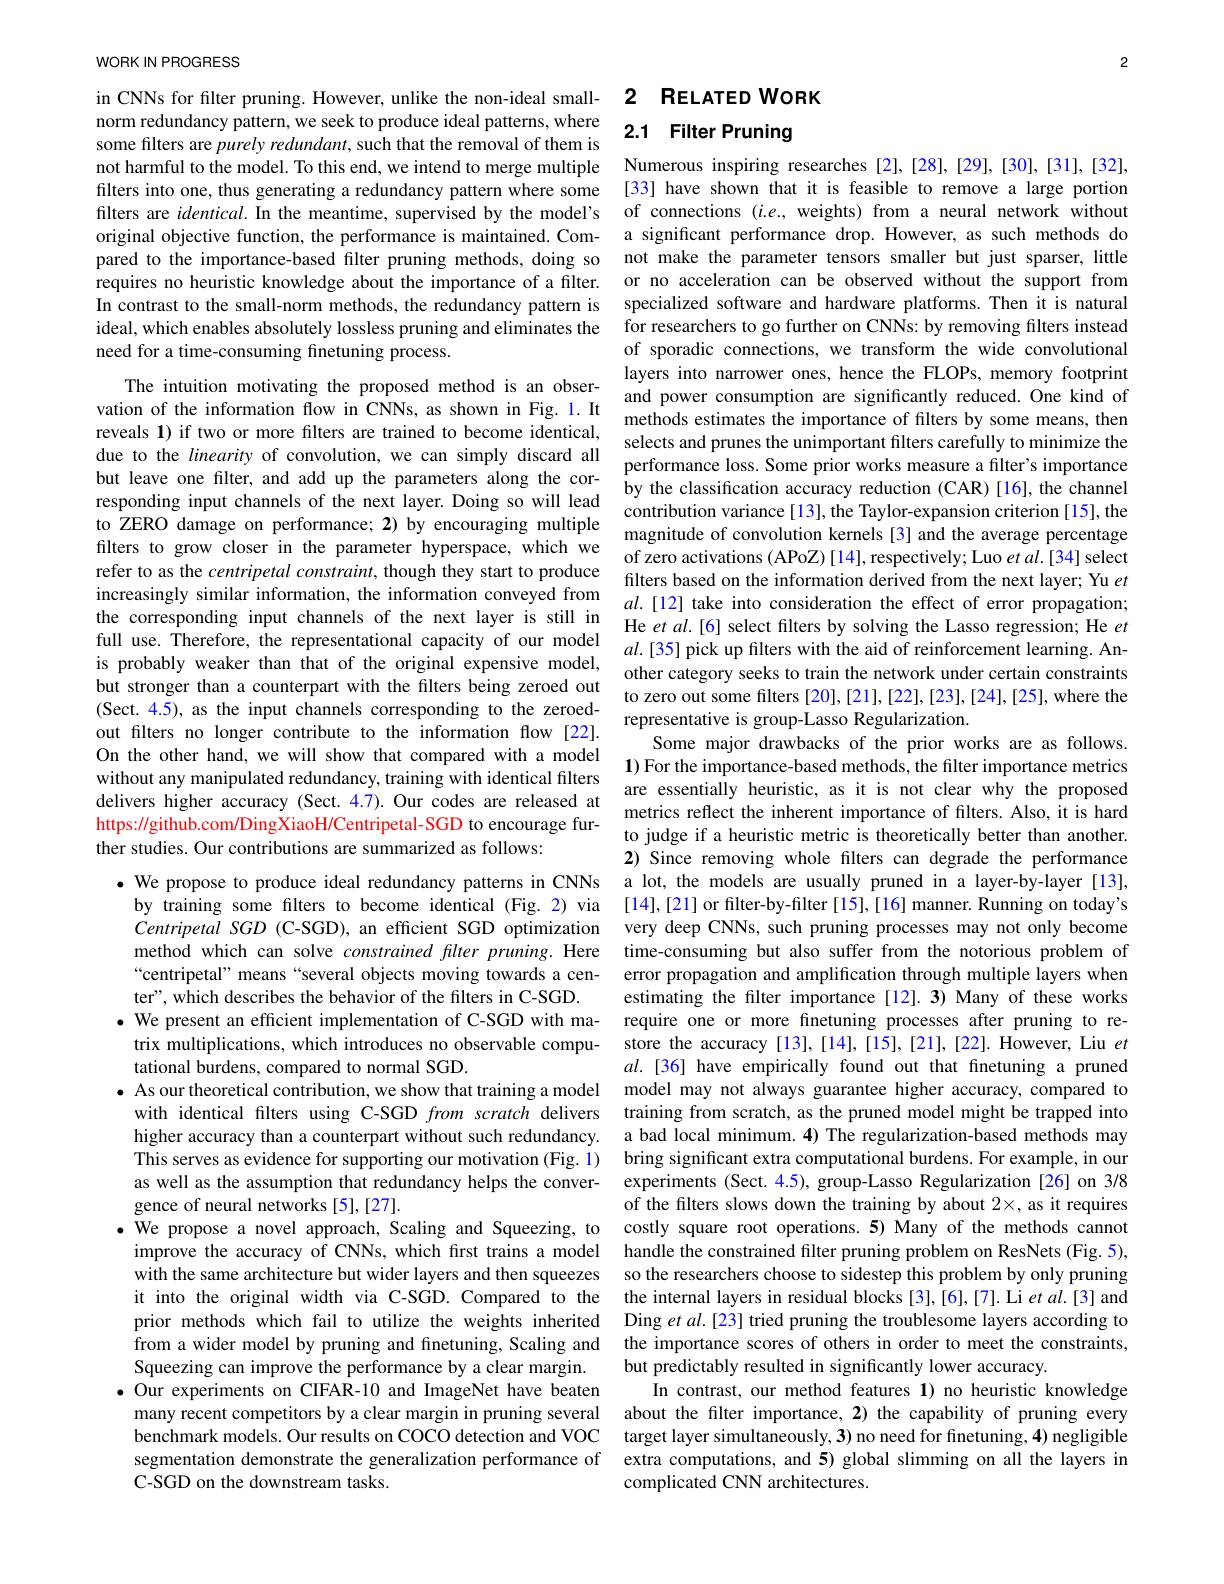
WORK IN PROGRESS

some filters are purely redundant, such that the removal of them is
not harmful to the model. To this end, we intend to merge multiple Numerous inspiring researches [2],[28],[29],[30],[31],[32],
filters into one, thus generating a redundancy pattern where some
filters are $identical.$ In the meantime, supervised by the model's of connections $(i.e$, weights) from a neural network without
original objective function, the performance is maintained. Com-
pared to the importance-based filter pruning methods, doing so not make the parameter tensors smaller but just sparser, little
requires no heuristic knowledge about the importance of a filter.
In contrast to the small-norm methods, the redundancy pattern is specialized software and hardware platforms. Then it is natural ideal, which enables absolutely lossless pruning and eliminates the for researchers to go further on CNNs: by removing filters instead need for a time-consuming finetuning process.

The intuition motivating the proposed method is an obser-
vation of the information flow in CNNs, as shown in Fig. l It power consumption are significantly reduced. One kind of vation of the information flow in CNNs, as shown in Fig. l It methods estimates the importance of filters by some me means, then
reveals 1) if two or more filters are trained to become identical, due to the linearity of convolution, we can simply discard all but leave one filter, and add up the parameters along the corresponding input channels of the next layer. Doing so will lead by the classification accuracy reduction (CAR)[16],the channel t to ZERO damage on performance; 2) by encouraging multiple magnitude of convolution kernels [3] and the average percentage filters to grow closer in the parameter hyperspace, which we of zero activations (APoZ)[14],respectively; Luo $etal.[34]$ select increasingly similar information, the information conveyed from $al.[12]$ take into consideration the effect of error propagatio the corresponding input channels of the next layer is still in He $etal.[6]$ select filters by solving the Lasso regression; He full use. Therefore, the representational capacity of our model $al.[35]$ pick up filters with the aid of reinforcement learning is probably weaker than that of the original expensive model,
but stronger than a counterpart with the filters being zeroed out to zero out zero out to zero out some filters [20],[21],[22],[23],[24],[25],where the(Sect. 4.5), as the input channels corresponding to the zeroed- renresentative is soroun-J asso Rewlar
out filters no longer contribute to the information flow [22]. On the other hand, we will show that compared with a model https://github.com/DingXiaoH/Centripetal-SGD to encourage fur- to judge if a heuristic metric is theoretically better than anoth ther studies. Our contributions are summarized as follows:
·We propose to produce ideal redundancy patterns in CNNs a lot, the models are usually pruned in a layer-by-layer [13]. by training some filters to become identical (Fig. 2) via [14],[21] or filter-by-filter[15],[16] manner.Running on today's Centripetal SGD (C-SGD), an efficient SGD optimization very deep CNNs, such pruning processes may not only become method which can solve constrained filter pruning. Here time-consuming but also suffer from the notorious problem of “centripetal” means“several objects moving towards a cen- error propagation and amplification through multiple layers when ter", which describes the behavior of the filters in C-SGD.
·We present an efficient implementation of C-SGD with ma- require one or more finetuning processes after pruning to retrix multiplications, which introduces no observable compu- store the accuracy [13],[14],[15],[21],[22]. However, Liu $et$ tational burdens, compared to normal SGD.
· As our theoretical contribution, we show that training a model model may not always guarantee higher accuracy, compared to
with identical filters using C-SGD from scratch delivers training from scratch, as the pruned model might be trapped into
higher accuracy than a counterpart without such redundancy.
This serves as evidence for supporting our motivation (Fig. 1) bring significant extra computational burdens. For example, in our as well as the assumption that redundancy helps the conver- experiments (Sect.4.5),group-Lasso Regularization [26] on 3/8 gence of neural networks [5],[27].
$\bullet$ We propose a novel approach, Scaling and Squeezing, to costly square root operations. 5) Many of the methods cannot improve the accuracy of CNNs, which first trains a model handle the constrained filter pruning problem on ResNets (Fig.5), with the same architecture but wider layers and then squeezes so the researchers choose to sidestep this problem by only pruning it into the original width via C-SGD. Compared to the the internal layers in residual blocks[3],[6],[7].Lietal.[3] and prior methods which fail to utilize the weights inherited Ding $etal.[23]$ tried pruning the troublesome layers according to from a wider model by pruning and finetuning, Scaling and the importance scores of others in orders to meet the constraints, Squeezing can improve the performance by a clear margin. $\bullet$ Our experiments on CIFAR-10 and ImageNet have beaten many recent competitors by a clear margin in pruning several benchmark models. Our results on COCO detection and VOC segmentation demonstrate the generalization performance of extra computations, and 5) global slimming on all the layers in
C-SGD on the downstream tasks.

2

# in CNNs for filter pruning. However, unlike the non-ideal small- 2 RELATED WORK norm redundancy pattern, we seek to produce ideal patterns, where 2.1 Filter Pruning

[33] have shown that it is feasible to remove a large portion a significant performance drop. However, as such methods do or no acceleration can be observed without the support from of sporadic connections, we transform the wide convolutional layers into narrower ones, hence the FLOPs, memory footprint selects and prunes the unimportant filters carefully to minimize the performance loss. Some prior works measure a filter's importance filters based on the information derived from the next layer; Yu $et$ other category seeks to train the network under certain constraints representative is group-Lasso Regularization.
Some major drawbacks of the prior works are as follows 2) Since removing whole filters can degrade the performance estimating the filter importance [12].3) Many of these works $al.[36]$ have empirically found out that finetuning a pruned a bad local minimum. 4) The regularization-based methods may of the filters slows down the training by about $2\times$, as it requires but predictably resulted in significantly lower accuracy.
In contrast, our method features 1) no heuristic knowledge about the filter importance, 2) the capability of pruning every target layer simultaneously, 3) no need for finetuning, 4) negligible complicated CNN architectures.